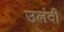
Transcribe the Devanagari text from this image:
उलंदी